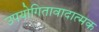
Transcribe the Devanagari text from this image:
उपयोगितावादात्मक